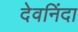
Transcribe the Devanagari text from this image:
देवनिंदा